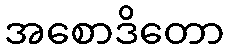
အစောဒိတော